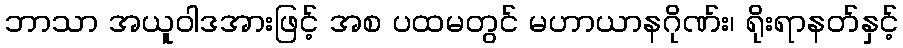
ဘာသာ အယူဝါဒအားဖြင့် အစ ပထမတွင် မဟာယာနဂိုဏ်း၊ ရိုးရာနတ်နှင့်